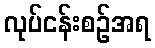
လုပ်ငန်းစဉ်အရ